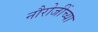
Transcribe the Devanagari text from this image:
नौरोजींच्या